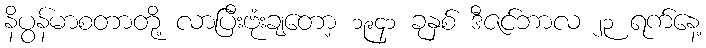
နိပွန်မာစတာတို့ လာပြီးဗုံးချတော့ ၁၉၄၁ ခုနှစ် ဒီဇင်ဘာလ ၂၃ ရက်နေ့